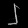
Digit: ၂